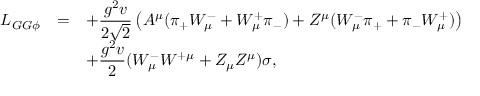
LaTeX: \begin{array} { r c l } { { { \cal L } _ { G G \phi } } } & { { = } } & { { \displaystyle + \frac { g ^ { 2 } v } { 2 \sqrt { 2 } } \left( A ^ { \mu } ( \pi _ { + } W _ { \mu } ^ { - } + W _ { \mu } ^ { + } \pi _ { - } ) + Z ^ { \mu } ( W _ { \mu } ^ { - } \pi _ { + } + \pi _ { - } W _ { \mu } ^ { + } ) \right) } } \\ { { } } & { { } } & { { \displaystyle + \frac { g ^ { 2 } v } { 2 } ( W _ { \mu } ^ { - } W ^ { + \mu } + Z _ { \mu } Z ^ { \mu } ) \sigma , } } \end{array}